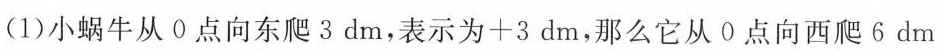
(1)小蜗牛从0点向东爬3dm，表示为+3dm，那么它从0点向西爬6dm